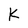
Character: k